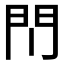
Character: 𫔘